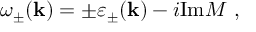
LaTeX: \omega _ { \pm } ( { \bf k } ) = \pm \varepsilon _ { \pm } ( { \bf k } ) - i \mathrm { I m } { \cal M } \ ,